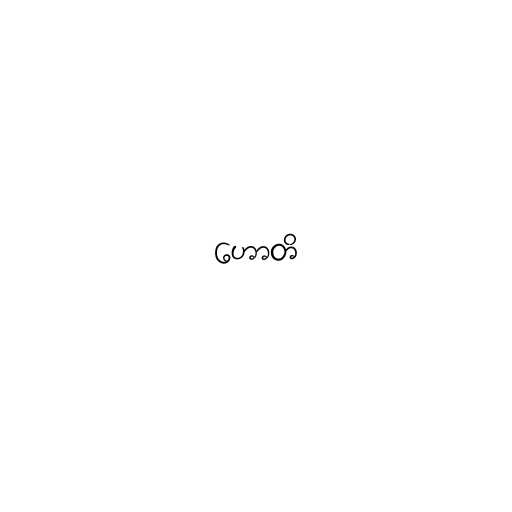
ဟောတိ